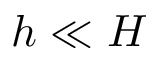
h \ll H